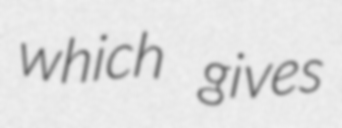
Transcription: which gives